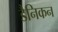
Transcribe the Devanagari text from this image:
डैनिकन